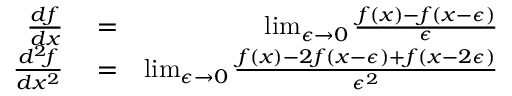
\begin{array} { r l r } { { \frac { d f } { d x } } } & { { } = } & { \operatorname* { l i m } _ { \epsilon \to 0 } { \frac { f ( x ) - f ( x - \epsilon ) } { \epsilon } } } \\ { { \frac { d ^ { 2 } \! f } { d x ^ { 2 } } } } & { { } = } & { \operatorname* { l i m } _ { \epsilon \to 0 } { \frac { f ( x ) - 2 f ( x - \epsilon ) + f ( x - 2 \epsilon ) } { \epsilon ^ { 2 } } } } \end{array}